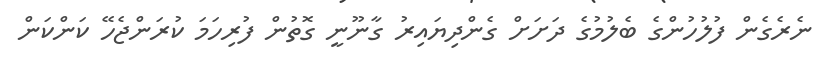
ނެރެގެން ފުލުހުންގެ ބެލުމުގެ ދަށަށް ގެންދިޔައިރު ގާނޫނީ ގޮތުން ފުރިހަމަ ކުރަންޖެހޭ ކަންކަން